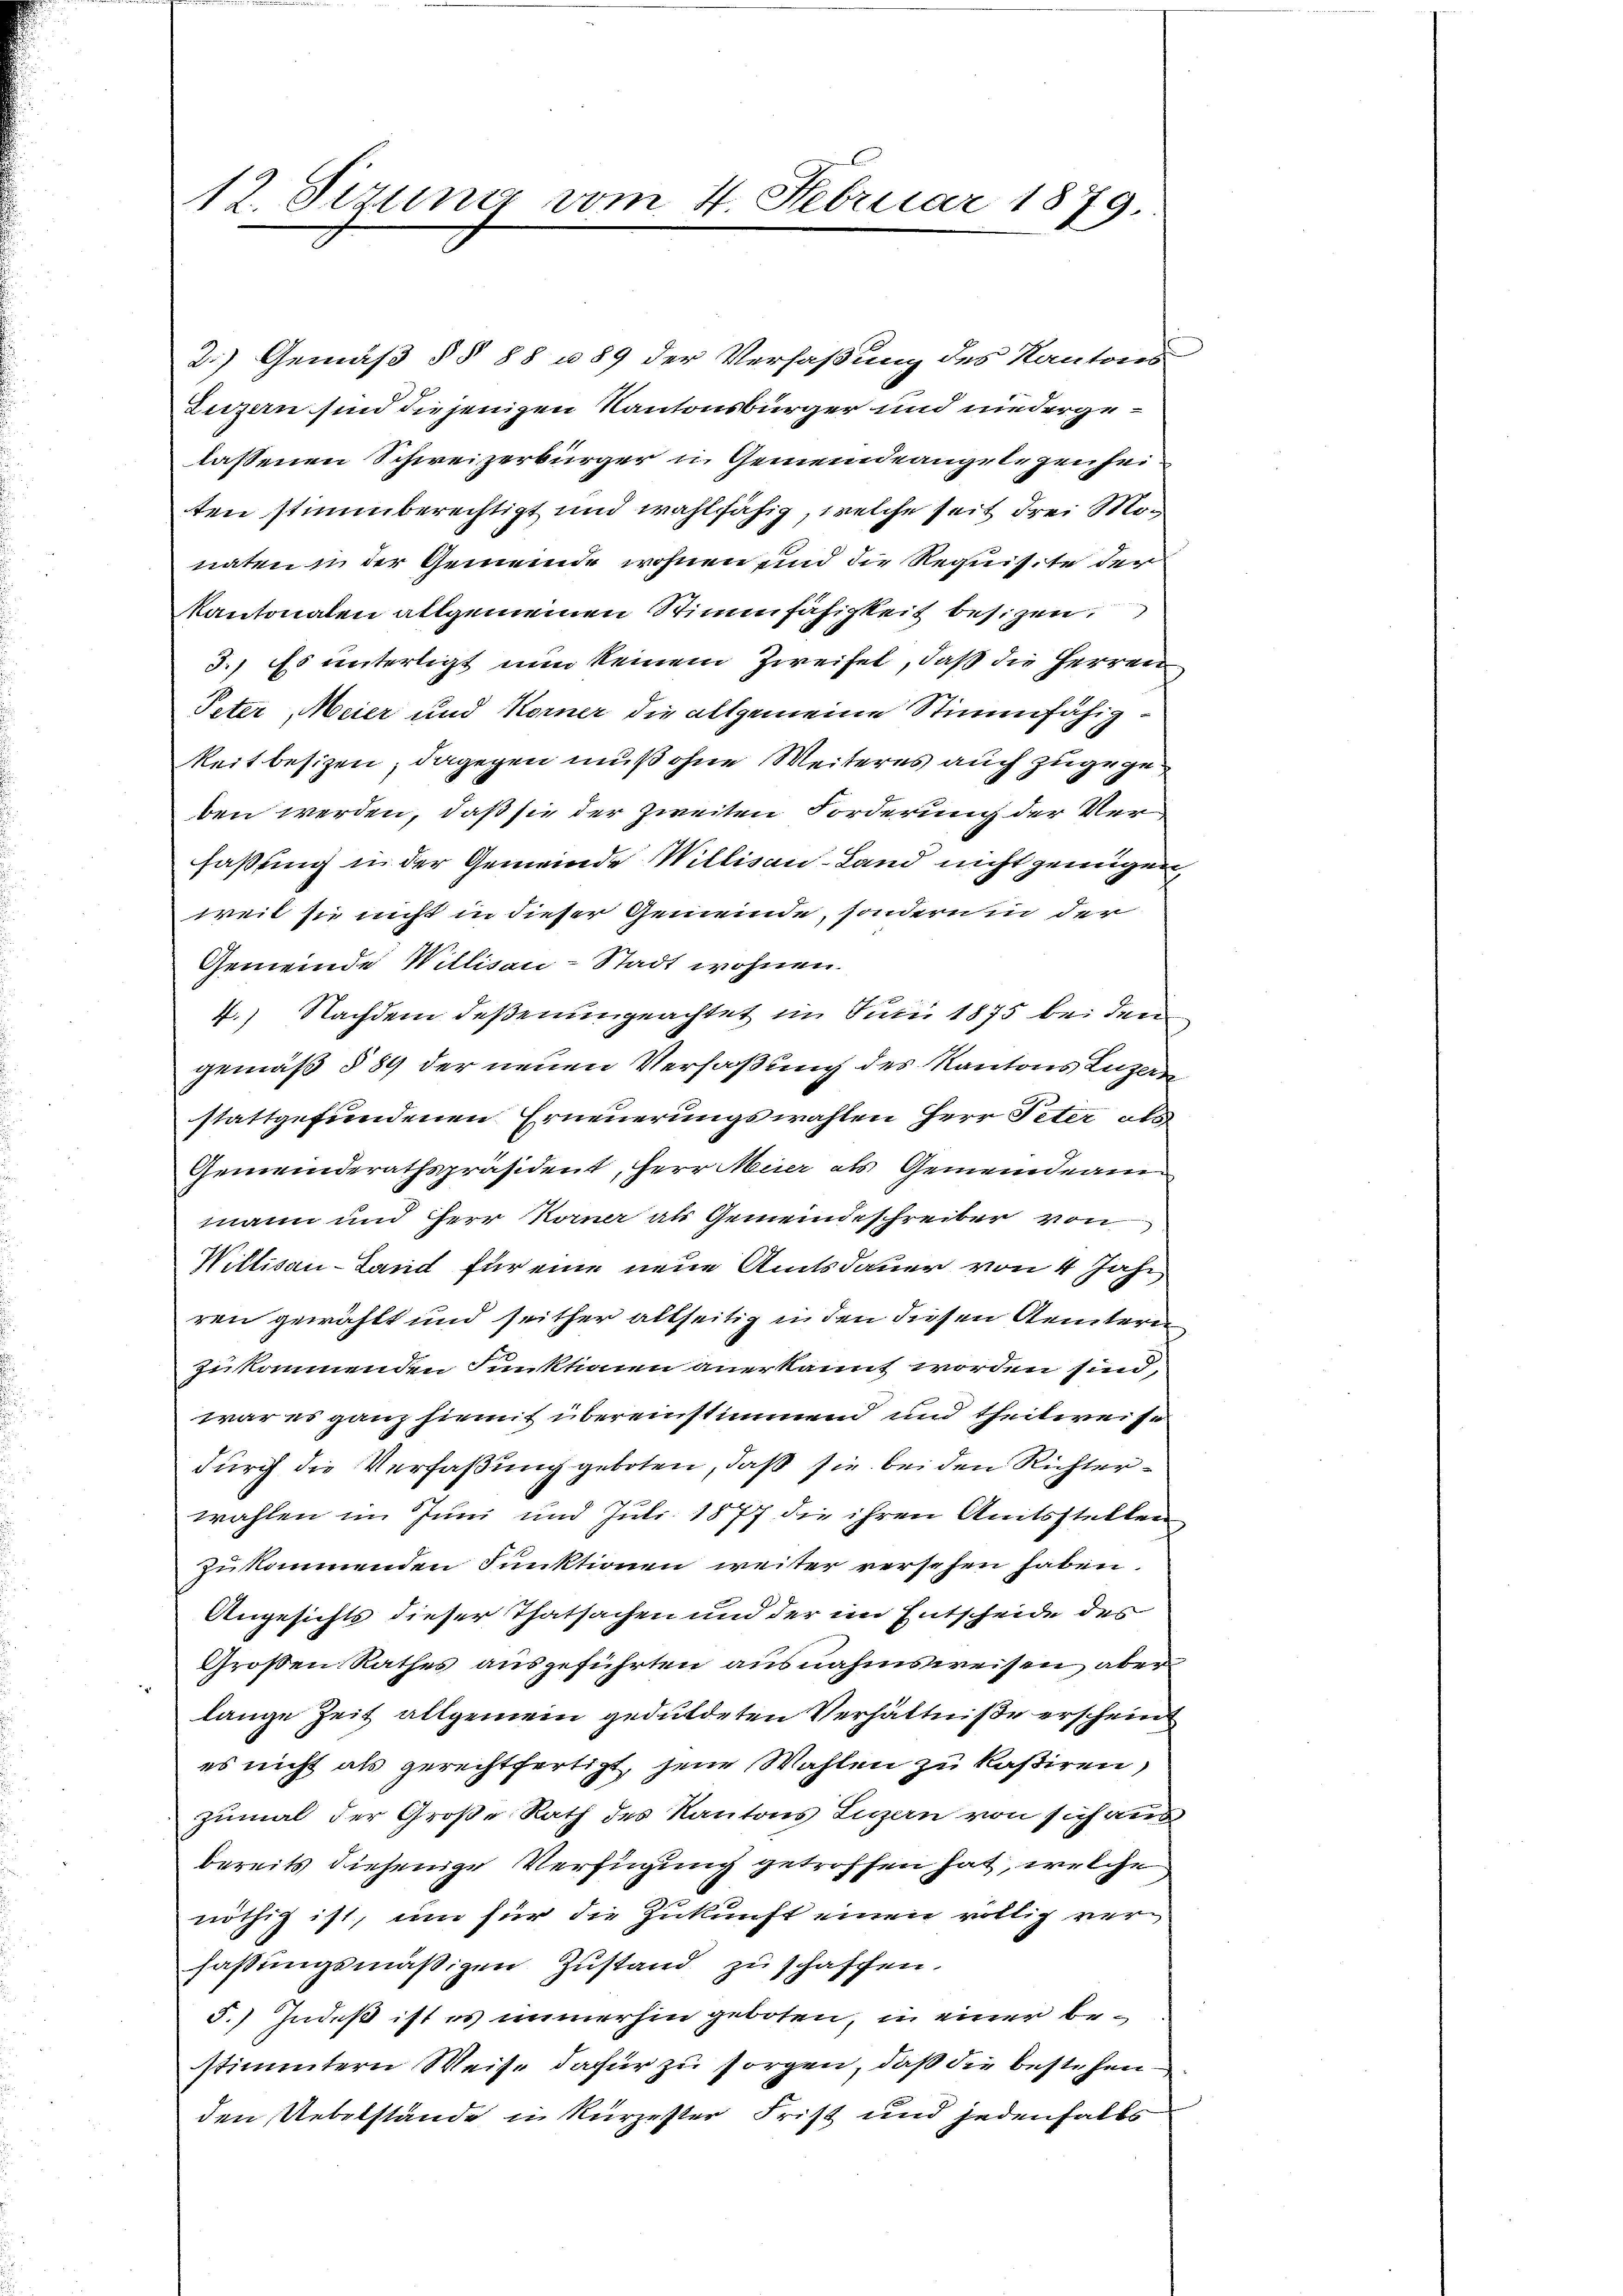
12. Setzung vom 4. Februar 1879.

2.) Gemäß § § 88 u. 89 der Verfaßung des Kantons
Luzern sind die jenigen Kantonsbürger und niedergelassenen Schweizerbürger u Gemeindeangelegenheiten stimmberechtigt und wahlfähig, welche seit drei Monatenn der Gemeinde wohnen und die Requisite der
Kantonaten allgemeinen Stimmfähigkeit besizen,
3.) Es unterligt nun keinem Zweifel, daß die Herren
Peter Meier und Korner die allgemeine Stimmfähig¬
Reitbesizen, dagegen muß ohne Weiteres auch zugegeben werden, daß sie der zweiten Forderung der Verfaßung in der Gemeinde Willisau-Land nicht genügen
weit sie nicht in dieser Gemeinde, sondern in der
Gemeinde Willisau-Stadt wohnen.
4.) Nachdem deßenungeachtet im Juni 1875 bei den
gemäß § 89 der neuen Verfaßung des Kantons Luzern
stattgefundenen Erneuerungswahlen Herr Peter als
Gemeinderathspräsident, Herr Meier als Gemeindeammann und Herr Korner als Gemeindeschreiber von
Willisau-Land für eine neue Amtsdauer von 4 Jahr
ren gewählt und seither altseitig in den diesen Aemtern
zukommenden Funktionen anerkannt worden sind,
war es ganz hiemit übereinstimmend und theilweise
durch die Verfaßung geboten, daß sie bei den Richterwahlen im Juni und Juli 1877 die ihren Anitsstellen
zukommenden Funktionen weiter versehen haben.
Angesichts dieser Thatsachen und der im Entscheide des
Großen Rathes aŭsgeführten ausnahmsweisen aber
lange Zeit allgemein geduldeten Verhältniße erscheint
es nicht als gerechtfertigt, jene Wahlen zu kasiren,
zumal der Große Rath des Kantons Luzern von sich aus
bereits diejenige Verfügung getroffen hat, welche
nöthig ist, um für die Zukunft einen völlig verfassungsmäßigen Zustand zu schaffen.
5.) Indeß ist es immerhin geboten, in einer bestimmtern Weise dafür zu sorgen, daß die bestehenden Uebelstände in Kürzester Frist und jedenfalbs